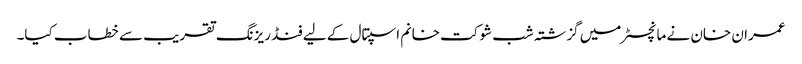
عمران خان نے مانچسٹر میں گزشتہ شب شوکت خانم اسپتال کے لیے فنڈ ریزنگ تقریب سے خطاب کیا۔